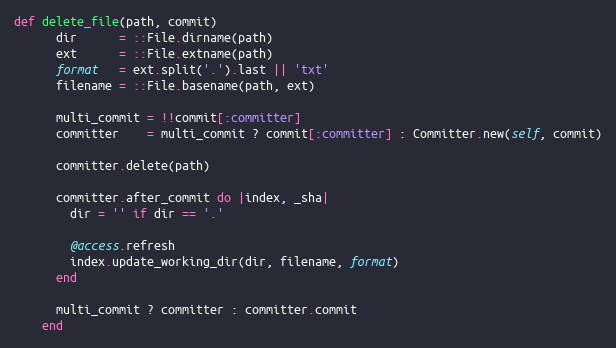
Language: Ruby
def delete_file(path, commit)
      dir      = ::File.dirname(path)
      ext      = ::File.extname(path)
      format   = ext.split('.').last || 'txt'
      filename = ::File.basename(path, ext)

      multi_commit = !!commit[:committer]
      committer    = multi_commit ? commit[:committer] : Committer.new(self, commit)

      committer.delete(path)

      committer.after_commit do |index, _sha|
        dir = '' if dir == '.'

        @access.refresh
        index.update_working_dir(dir, filename, format)
      end

      multi_commit ? committer : committer.commit
    end